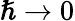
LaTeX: \hslash\to 0